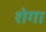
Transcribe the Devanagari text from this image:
शेगा